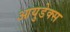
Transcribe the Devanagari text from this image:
आयुडेक्स